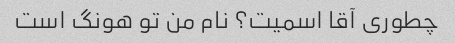
چطوری آقا اسمیت؟ نام من تو هونگ است